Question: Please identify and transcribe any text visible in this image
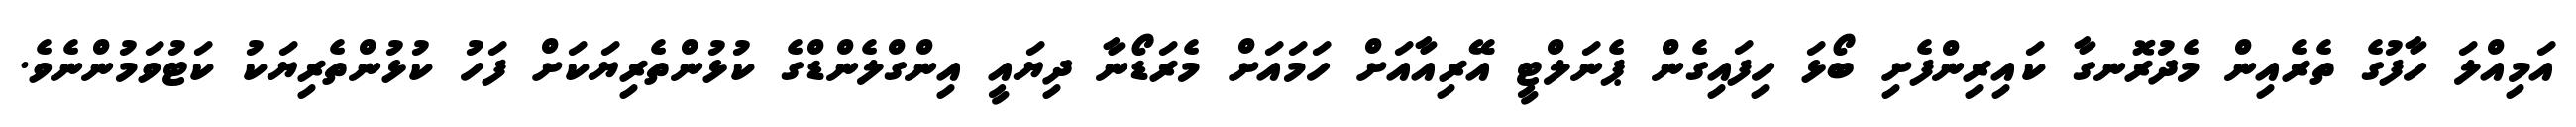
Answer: އަމިއްލަ ހާފުގެ ތެރެއިން މެދުރޮނގާ ކައިރިންފެށި ބޯޅަ ހިފައިގެން ޕެނަލްޓީ އޭރިއާއަށް ހަމައަށް މެރަޑޯނާ ދިޔައީ އިންގްލެންޑްގެ ކުޅުންތެރިޔަކަށް ފަހު ކުޅުންތެރިޔަކު ކަޓުވަމުންނެވެ.